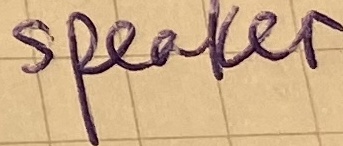
Text: SPEAKER